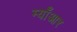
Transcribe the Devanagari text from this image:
म्याँआर